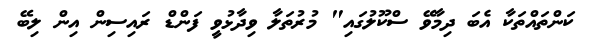
ކަންތައްތަކާ އެބަ ދިމާވޭ ސްކޫލުގައި" މުރުތަލާ ވިދާޅުވީ ފަންޑް ރައިސިން އިން ލިބޭ